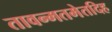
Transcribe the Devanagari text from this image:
तावन्मतमेतदिह